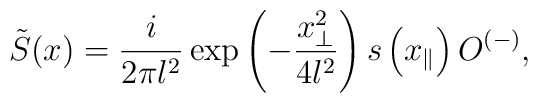
\tilde{S}(x)=\frac{i}{2\pi l^2}\exp\left(-\frac{x_{\perp}^2}{4l^2}\right)s\left(x_{\parallel}\right)O^{(-)},